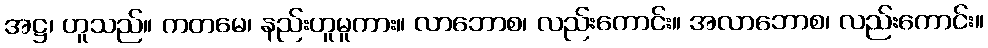
အဋ္ဌ၊ ဟူသည်။ ကတမေ၊ နည်းဟူမူကား။ လာဘောစ၊ လည်းကောင်း။ အလာဘောစ၊ လည်းကောင်း။